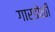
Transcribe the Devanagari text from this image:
गारडोळी